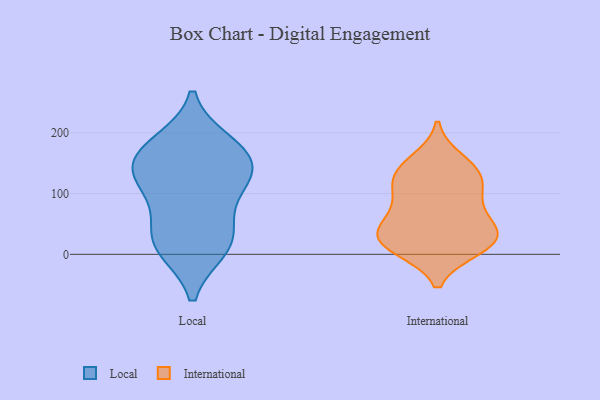
{"axis": {"x": "LTV (USD)", "y": "Value"}, "legend": ["International", "Local"], "data": [{"x": "", "y": 149, "type": "Local"}, {"x": "", "y": 172, "type": "Local"}, {"x": "", "y": 121, "type": "Local"}, {"x": "", "y": 10, "type": "Local"}, {"x": "", "y": 25, "type": "Local"}, {"x": "", "y": 13, "type": "Local"}, {"x": "", "y": 162, "type": "Local"}, {"x": "", "y": 53, "type": "Local"}, {"x": "", "y": 182, "type": "Local"}, {"x": "", "y": 108, "type": "Local"}, {"x": "", "y": 127, "type": "Local"}, {"x": "", "y": 24, "type": "International"}, {"x": "", "y": 128, "type": "International"}, {"x": "", "y": 33, "type": "International"}, {"x": "", "y": 131, "type": "International"}, {"x": "", "y": 29, "type": "International"}, {"x": "", "y": 10, "type": "International"}, {"x": "", "y": 136, "type": "International"}, {"x": "", "y": 154, "type": "International"}, {"x": "", "y": 51, "type": "International"}, {"x": "", "y": 11, "type": "International"}, {"x": "", "y": 27, "type": "International"}, {"x": "", "y": 102, "type": "International"}, {"x": "", "y": 69, "type": "International"}, {"x": "", "y": 92, "type": "International"}]}